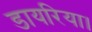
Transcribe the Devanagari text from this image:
डायरिया।